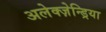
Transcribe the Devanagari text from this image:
अलेक्ज़ेन्ड्रिया